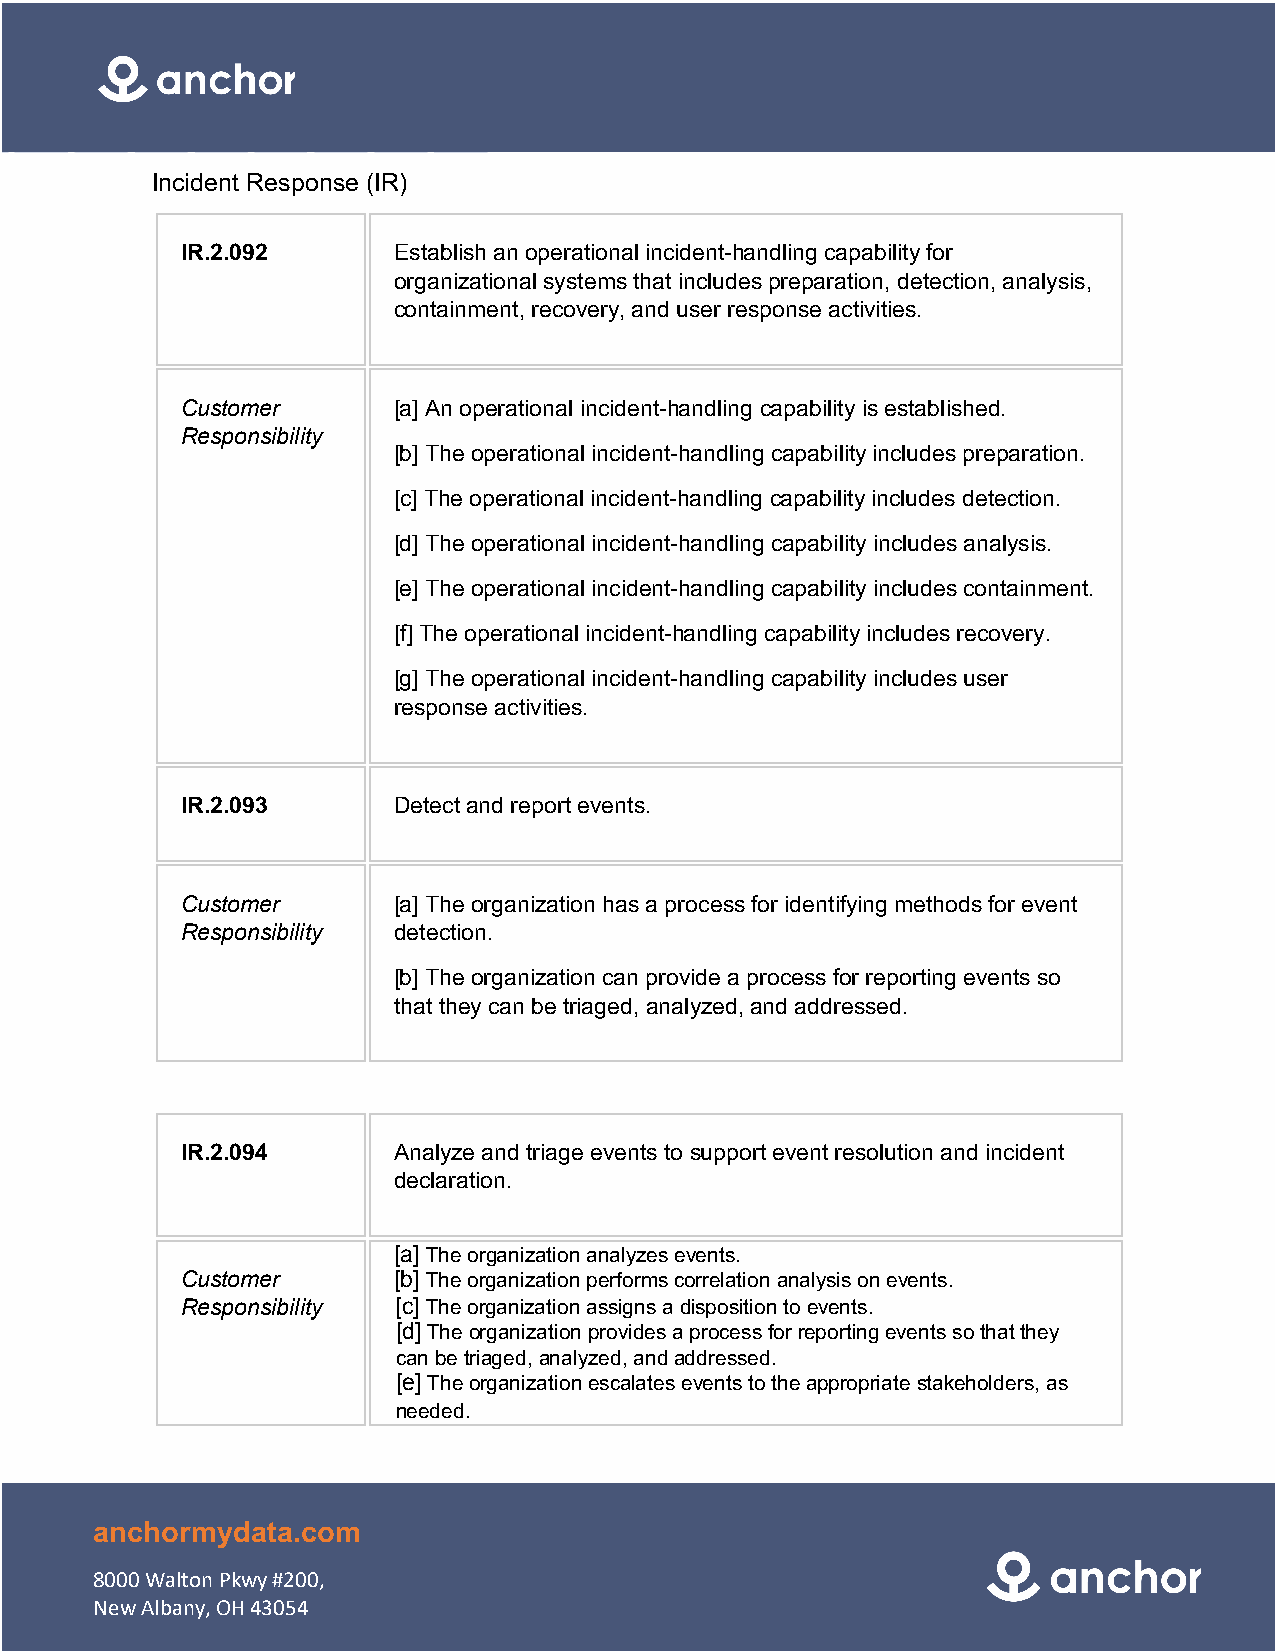
Incident Response (IR)
 IR.2.092      Establish an operational incident-handling capability for
 organizational systems that includes preparation, detection, analysis,
 containment, recovery, and user response activities.
 Customer      [a] An operational incident-handling capability is established.
 Responsibility
 [b] The operational incident-handling capability includes preparation.
 [c] The operational incident-handling capability includes detection.
 [d] The operational incident-handling capability includes analysis.
 [e] The operational incident-handling capability includes containment.
 [f] The operational incident-handling capability includes recovery.
 [g] The operational incident-handling capability includes user
 response activities.
 IR.2.093      Detect and report events.
 Customer      [a] The organization has a process for identifying methods for event
 Responsibility detection.
 [b] The organization can provide a process for reporting events so
 that they can be triaged, analyzed, and addressed.
 IR.2.094      Analyze and triage events to support event resolution and incident
 declaration.
 [a] The organization analyzes events.
 Customer      [b] The organization performs correlation analysis on events.
 Responsibility [c] The organization assigns a disposition to events.
 [d] The organization provides a process for reporting events so that they
 can be triaged, analyzed, and addressed.
 [e] The organization escalates events to the appropriate stakeholders, as
 needed.
 anchormydata.com
 8000 Walton Pkwy #200,
 New Albany, OH 43054